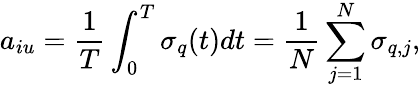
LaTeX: a_{iu}=\frac{1}{T}\int_{0}^{T}\sigma_{q}(t)dt=\frac{1}{N}\sum_{j=1}^{N}\sigma_{q,j},